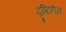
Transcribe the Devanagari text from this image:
दृष्‍टिहीन